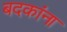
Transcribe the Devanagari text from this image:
बदकांना